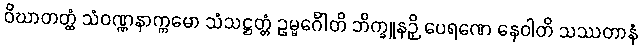
ဝိဃာတတ္ထံ သံဝဏ္ဏနာက္ကမော သံသဋ္ဌတ္တံ ဥမ္မင်္ဂေါတိ ဘိက္ခူနဉှိ ပေရဏေ နေဝါတိ သဿတာနံ